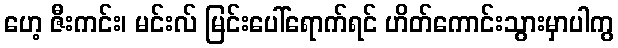
ဟေ့ ဇီးကင်း၊ မင်းလ် မြင်းပေါ်ရောက်ရင် ဟိတ်ကောင်းသွားမှာပါကွ